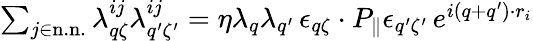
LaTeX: \begin{array}{r}{\sum_{j\in\mathrm{n.n.}}\lambda_{q\zeta}^{ij}\lambda_{q^{\prime}\zeta^{\prime}}^{ij}=\eta\lambda_{q}\lambda_{q^{\prime}}\, \epsilon_{q\zeta}\cdot P_{\parallel}\epsilon_{q^{\prime}\zeta^{\prime}}\, e^{i(q+q^{\prime})\cdot r_{i}}}\end{array}